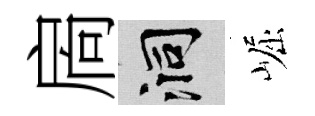
扄洞崛